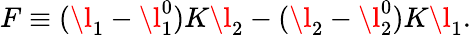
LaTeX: F\equiv(\l_{1}-\l_{1}^{0})K\l_{2}-(\l_{2}-\l_{2}^{0})K\l_{1}.